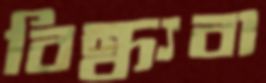
বিন্ধ্যবা